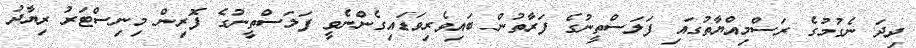
ދިދަ ނެގުމުގެ ރަސްމިއްޔާތުގައި ފަލަސްތީނުގެ ފަރާތުން ބައިވެރިވަޑައިގެންނެވީ ފަލަސްތީނުގެ ފޮރިން މިނިސްޓަރު ރިޔާދު